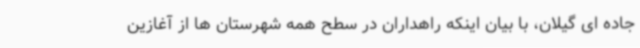
جاده ای گیلان، با بیان اینکه راهداران در سطح همه شهرستان ها از آغازین